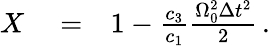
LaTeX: \begin{array}{rlr}{X}&{{}=}&{1-\frac{c_{3}}{c_{1}}\frac{\Omega_{0}^{2}\Delta{t}^{2}}{2}\, .}\end{array}